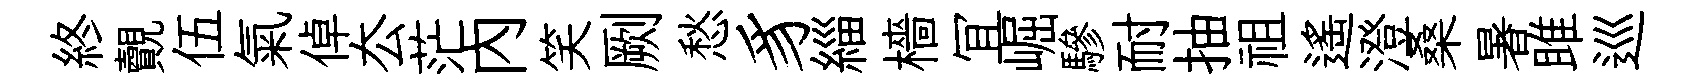
終覿伍氣倬厺茫内笑劂愁豸緇檣冝崛驂耐抽祖遙澄桑暑雎巡